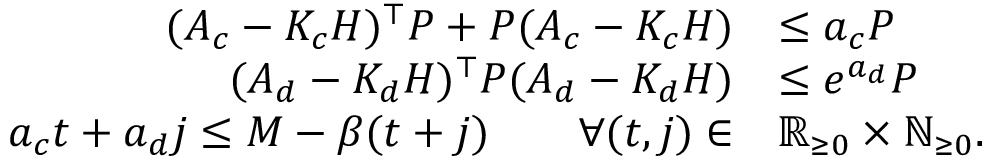
\begin{array} { r l } { ( A _ { c } - K _ { c } H ) ^ { \top } P + P ( A _ { c } - K _ { c } H ) } & { \leq a _ { c } P } \\ { ( A _ { d } - K _ { d } H ) ^ { \top } P ( A _ { d } - K _ { d } H ) } & { \leq e ^ { a _ { d } } P } \\ { a _ { c } t + a _ { d } j \leq M - \beta ( t + j ) \qquad \forall ( t , j ) \in } & { \mathbb { R } _ { \geq 0 } \times \mathbb { N } _ { \geq 0 } . } \end{array}